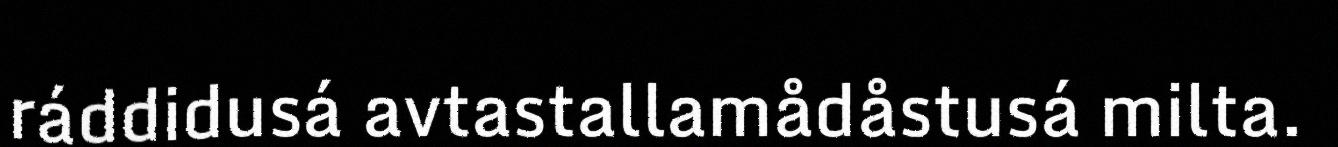
ráddidusá avtastallamådåstusá milta.